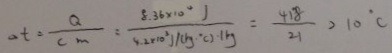
\Delta t = \frac { Q } { c m } = \frac { 8 . 3 6 \times 1 0 ^ { 4 } } { 4 . 2 \times 1 0 ^ { 3 } / ( k g \cdot c ) \cdot 1 k g } = \frac { 4 1 8 } { 2 1 } > 1 0 ^ { \circ } C